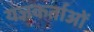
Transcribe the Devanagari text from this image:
यज्ञकर्ताओं